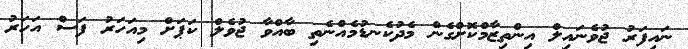
ނައިފަރު ޖުވެނައިލް އިންތިޒާމްކޮށްގެން މެދުކެނޑުމެއްނެތި ބާއްވާ ޖުވެލް ކަޕަށް މިއަހަރު ފަސް އަހަރު